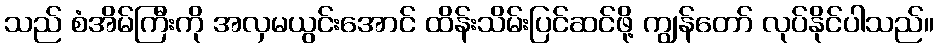
သည် စံအိမ်ကြီးကို အလှမယွင်းအောင် ထိန်းသိမ်းပြင်ဆင်ဖို့ ကျွန်တော် လုပ်နိုင်ပါသည်။